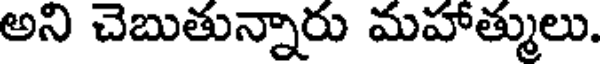
అని చెబుతున్నారు మహాత్ములు.